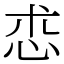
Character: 怷